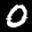
Label: 0